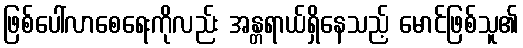
ဖြစ်ပေါ်လာစေရေးကိုလည်း အန္တရာယ်ရှိနေသည့် မောင်ဖြစ်သူ၏